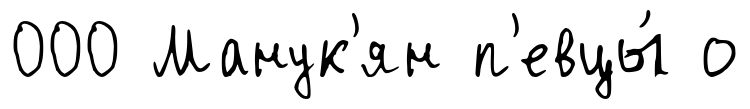
000 Манук'ян п'евцы́ о